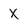
Character: X